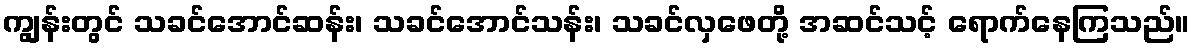
ကျွန်းတွင် သခင်အောင်ဆန်း၊ သခင်အောင်သန်း၊ သခင်လှဖေတို့ အဆင်သင့် ရောက်နေကြသည်။